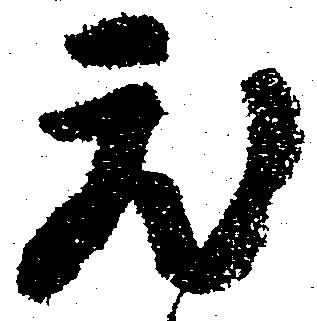
蔵